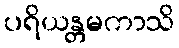
ပရိယန္တမကာသိ